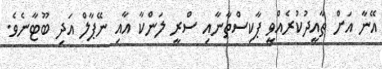
އޭނާ އަށް ތާއީދުކުރެއްވީ ޕާކިސްތާނާއި ސްރީ ލަންކާ އާއި ނޭޕާލް އަދި ބޫޓާނެވެ.